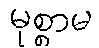
မုစ္စာမ